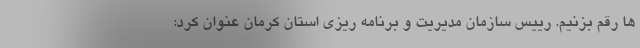
ها رقم بزنیم. رییس سازمان مدیریت و برنامه ریزی استان کرمان عنوان کرد: